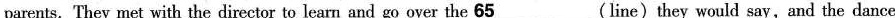
parents. 'They met with the director to learn and go over the \underline{65}(line)they would say,and the dance